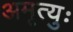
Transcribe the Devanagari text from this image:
अमृत्युः